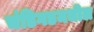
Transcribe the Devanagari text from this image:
चंडिगडमधील